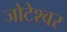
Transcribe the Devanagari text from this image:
जोटेश्‍वर